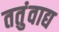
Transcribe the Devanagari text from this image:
ततुंवाद्य